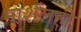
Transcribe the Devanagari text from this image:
मार्शलही